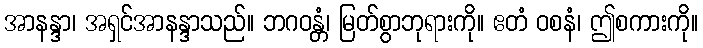
အာနန္ဒာ၊ အရှင်အာနန္ဒာသည်။ ဘဂဝန္တံ၊ မြတ်စွာဘုရားကို။ ဧတံ ဝစနံ၊ ဤစကားကို။